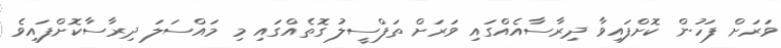
ވަރަށް ފަހުން ކޮށްފައިވާ ދިރާސާއެއްގައި ވަރަށް ތަފްސީލު ގޮތެއްގައި މި މައްސަލަ ދިރާސާކޮށްފައިވެ